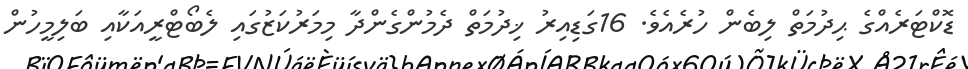
ޑޮކްޓަރެއްގެ ޙިދުމަތް ލިބެން ހުރެއެވެ. 16ގަޑިއިރު ޚިދުމަތް ދެމުންގެންދާ މިމަރުކަޒުގައި ލެބޯޓްރީއަކާއި ބަލިމީހުން